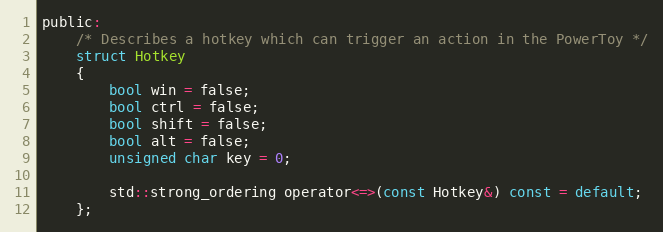
Language: C
public:
    /* Describes a hotkey which can trigger an action in the PowerToy */
    struct Hotkey
    {
        bool win = false;
        bool ctrl = false;
        bool shift = false;
        bool alt = false;
        unsigned char key = 0;

        std::strong_ordering operator<=>(const Hotkey&) const = default;
    };